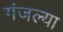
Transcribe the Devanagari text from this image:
गंजल्या